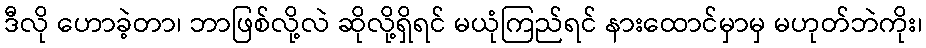
ဒီလို ဟောခဲ့တာ၊ ဘာဖြစ်လို့လဲ ဆိုလို့ရှိရင် မယုံကြည်ရင် နားထောင်မှာမှ မဟုတ်ဘဲကိုး၊